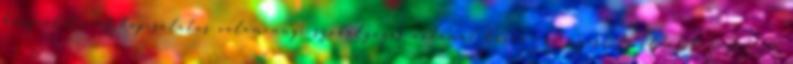
használatával kapcsolatos valamennyi szabályozás automatikusan érvényes. Az oldal látogatója,